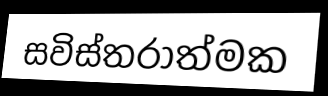
සවිස්තරාත්මක